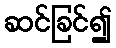
ဆင်ခြင်၍